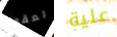
لعقود علية